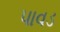
પાવડ